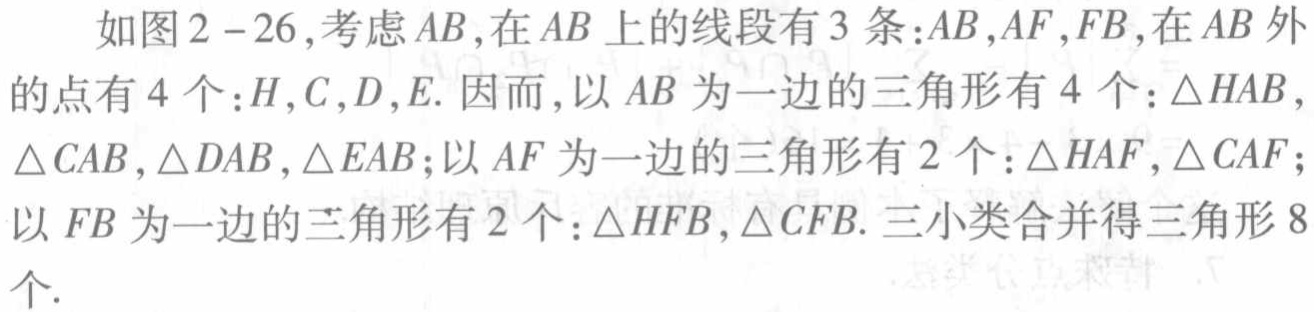
如图2 - 26,考虑\(AB\),在\(AB\)上的线段有3条：\(AB,AF,FB\),在\(AB\)外的点有4个：\(H,C,D,E\). 因而,以\(AB\)为一边的三角形有4个：\(\triangle HAB,\triangle CAB,\triangle DAB,\triangle EAB\);以\(AF\)为一边的三角形有2个：\(\triangle HAF,\triangle CAF\);以\(FB\)为一边的三角形有2个：\(\triangle HFB,\triangle CFB\). 三小类合并得三角形8个.